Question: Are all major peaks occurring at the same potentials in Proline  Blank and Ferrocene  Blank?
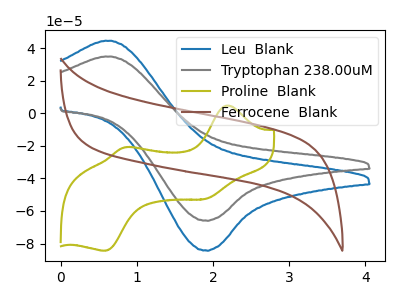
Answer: <think>The blue curve "Leu  Blank" has an anodic peak at (0.65V, 44.50uA) and a cathodic peak at (1.90V, -84.25uA). The gray curve "Tryptophan 238.00uM" has an anodic peak at (0.65V, 34.80uA) and a cathodic peak at (1.90V, -65.90uA). The olive curve "Proline  Blank" has anodic peaks at (2.20V, 4.70uA) (0.85V, -21.00uA) and cathodic peaks at (1.90V, -52.55uA) (0.60V, -84.40uA). The brown curve "Ferrocene  Blank" has no peaks.</think>
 <answer>No, "Proline  Blank" and "Ferrocene  Blank" have a different number of peaks.</answer>
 <eval>different_amount</eval>